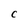
Character: C